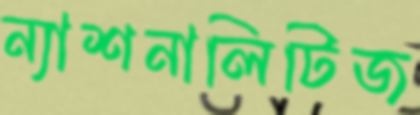
ন্যাশনালিটিজ